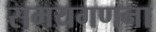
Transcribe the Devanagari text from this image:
समयगणना